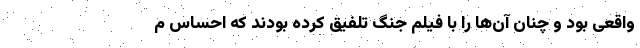
واقعی بود و چنان آن‌ها را با فیلم جنگ تلفیق کرده بودند که احساس م